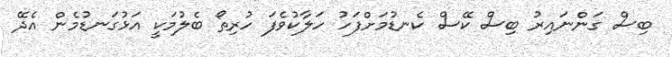
ބިސް ގަންނައިރު ބިސް ކޭސް ކެނޑުމަށްފަހު ހަލާކުވެފަ ހުރިތޯ ބެލުމަކީ އަޅުގަނޑުމެން އެދޭ